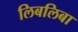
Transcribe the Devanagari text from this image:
लिबलिबा